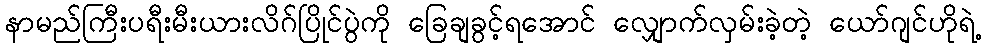
နာမည်ကြီးပရီးမီးယားလိဂ်ပြိုင်ပွဲကို ခြေချခွင့်ရအောင် လျှောက်လှမ်းခဲ့တဲ့ ယော်ဂျင်ဟိုရဲ့